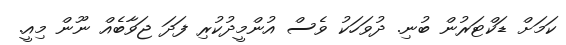
ކަމަށް ޑަކްޓަރުން ބުނި. ދުވަހަކު ވެސް އުންމީދުކުރި ފަދަ ޖަވާބެއް ނޫން މިއީ.